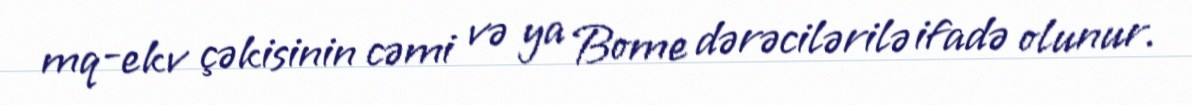
mq-ekv çəkisinin cəmi və ya Bome dərəcilərilə ifadə olunur.